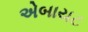
એબાયટ